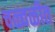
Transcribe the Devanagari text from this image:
चळ्वळीत